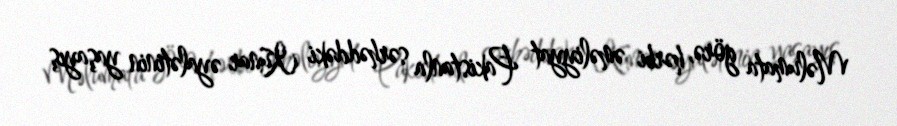
Məlumata görə, hərbi əməliyyat Pakistanla sərhəddəki Kunar əyalətinin yaşayış